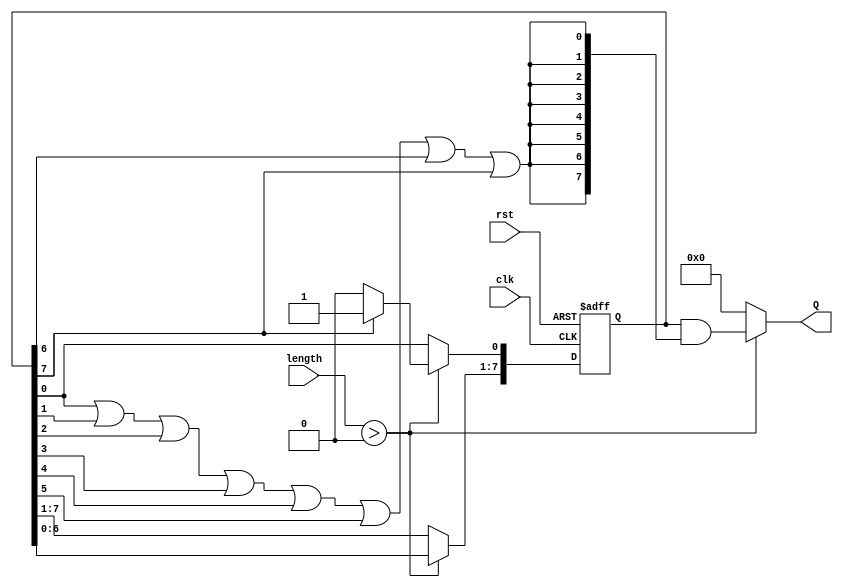
module variable_length_ring_counter #(
    parameter MAX_LENGTH = 8  // Maximum number of states (flip-flops)
)(
    input wire clk,            // Clock input
    input wire rst,            // Asynchronous reset
    input wire [2:0] length,   // Length input (can be adjusted, max 7 for 8 states)
    output reg [MAX_LENGTH-1:0] Q // Counter outputs
);

    // Internal register to hold the current state
    reg [MAX_LENGTH-1:0] state;

    always @(posedge clk or posedge rst) begin
        if (rst) begin
            // On reset, initialize the counter
            state <= 1'b1; // Set Q0 to 1, others to 0
        end else begin
            // Shift the state only if length is greater than 0
            if (length > 0) begin
                // Clear the current state and set the next state
                state <= {state[MAX_LENGTH-2:0], state[MAX_LENGTH-1]};
                // Wrap around if the last state is reached
                if (state[MAX_LENGTH-1]) begin
                    state[0] <= 1'b1; // Set Q0 to 1
                end
            end
        end
    end

    // Assign the state to the output
    always @(*) begin
        // Initialize all outputs to zero
        Q = {MAX_LENGTH{1'b0}};
        // Set the outputs based on the active length
        if (length > 0) begin
            Q = state & {MAX_LENGTH{(state[0] | state[1] | state[2] | state[3] | state[4] | state[5] | state[6] | state[7])}};
        end
    end

endmodule